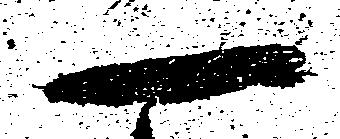
一